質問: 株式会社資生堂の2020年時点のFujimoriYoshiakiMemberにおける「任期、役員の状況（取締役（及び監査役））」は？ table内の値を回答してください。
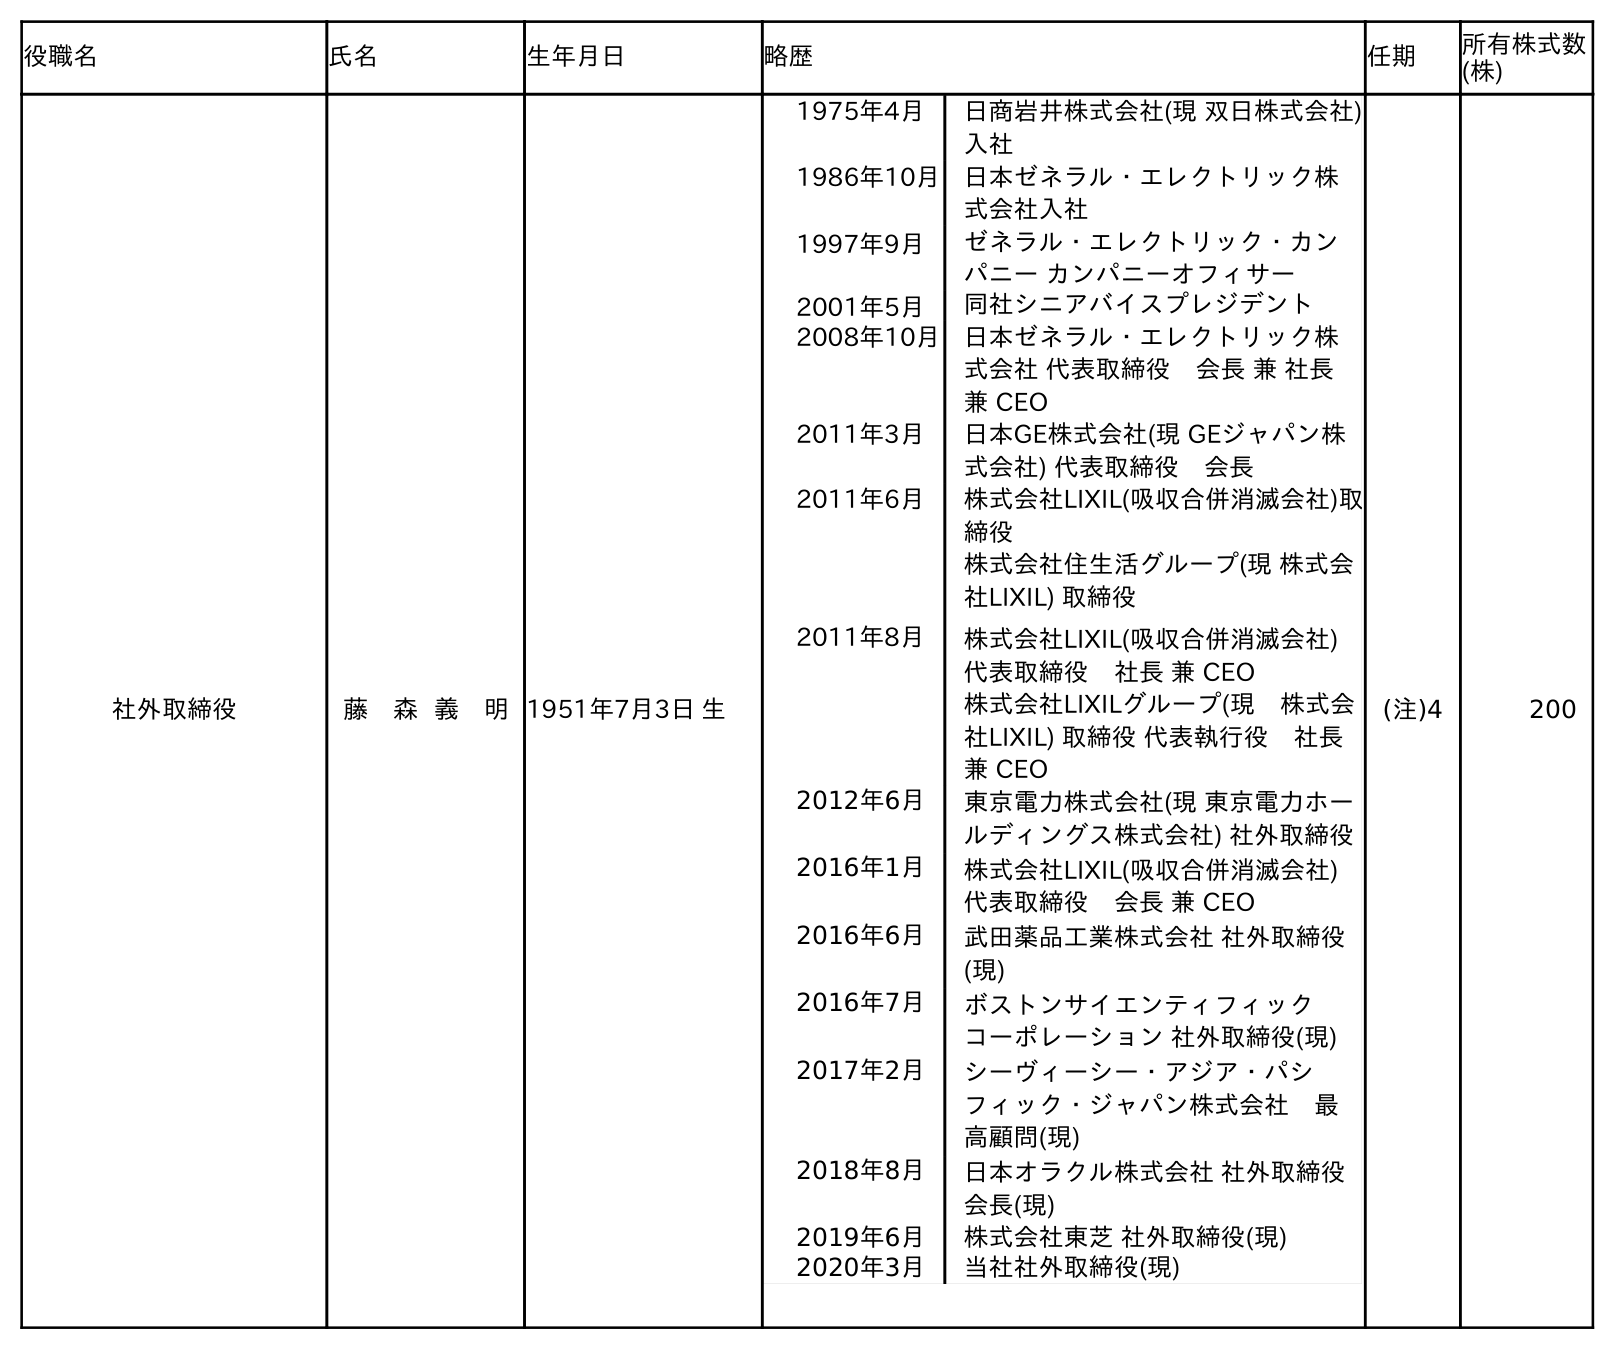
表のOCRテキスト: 役職名 氏名 生年月日 略歴 任期 所有株式数 (株) 社外取締役 藤 森 義 明1951年7月3日 生 1975年4月 日商岩井株式会社(現 双日株式会社) 入社 1986年10月 日本ゼネラル・エレクトリック株 式会社入社 1997年9月 ゼネラル・エレクトリック・カン パニー カンパニーオフィサー 2001年5月 同社シニアバイスプレジデント 2008年10月 日本ゼネラル・エレクトリック株 式会社 代表取締役 会長 兼 社長 兼 CEO 2011年3月 日本GE株式会社(現 GEジャパン株 式会社) 代表取締役 会長 2011年6月 株式会社LIXIL(吸収合併消滅会社)取 締役 株式会社住生活グループ(現 株式会 社LIXIL) 取締役 2011年8月 株式会社LIXIL(吸収合併消滅会社) 代表取締役 社長 兼 CEO 株式会社LIXILグループ(現 株式会 社LIXIL) 取締役 代表執行役 社長 兼 CEO 2012年6月 東京電力株式会社(現 東京電力ホー ルディングス株式会社) 社外取締役 2016年1月 株式会社LIXIL(吸収合併消滅会社) 代表取締役 会長 兼 CEO 2016年6月 武田薬品工業株式会社 社外取締役 (現) 2016年7月 ボストンサイエンティフィック コーポレーション 社外取締役(現) 2017年2月 シーヴィーシー・アジア・パシ フィック・ジャパン株式会社 最 高顧問(現) 2018年8月 日本オラクル株式会社 社外取締役 会長(現) 2019年6月 株式会社東芝 社外取締役(現) 2020年3月 当社社外取締役(現) (注)4 200
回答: (注)4